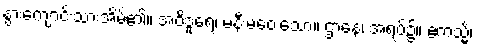
နွားကျောင်းသားအိမ်၏။ အဝိဒူရေ၊ မနီးမဝေးသော။ ဌာနေ၊ အရပ်၌။ ဧကသ္မိံ၊